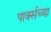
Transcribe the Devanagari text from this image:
पार्क्सच्या